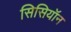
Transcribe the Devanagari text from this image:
सिसियॉन